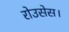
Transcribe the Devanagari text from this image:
रोउसेस।